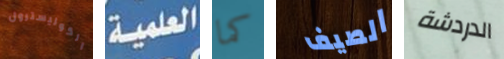
الكوليسترول العملية كما الصيف الدردشة